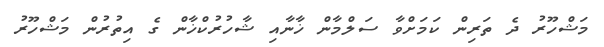
މަޝްހޫރު ދެ ތަރިން ކަމަށްވާ ސަލްމާން ޚާނާއި ޝާހުރުކްޚާން ގެ އިތުރުން މަޝްހޫރު